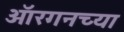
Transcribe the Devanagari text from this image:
ऑरगनच्या